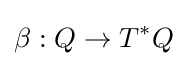
\beta :Q\to T^{*}Q